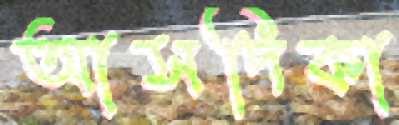
আসদিকা